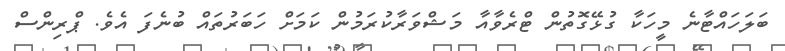
ބަލަހައްޓާނެ މީހަކާ ގުޅޭގޮތުން ޓްރެވާއާ މަޝްވަރާކުރަމުން ކަމަށް ހަބަރުތައް ބުނެފަ އެވެ. ޕްރިންސް